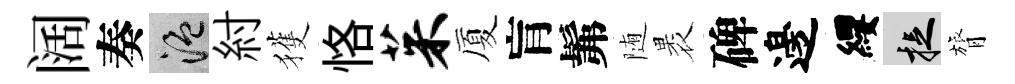
阔奏温紂獲恪茱厦肓髴随褁碑邊纓捉膂